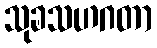
သုခသဟဂတာ